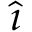
\hat { \boldsymbol { \imath } }